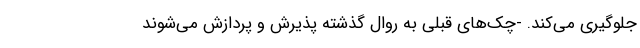
جلوگیری می‌کند. -چک‌های قبلی به روال گذشته پذیرش و پردازش می‌شوند